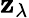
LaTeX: \mathbf{z}_{\lambda}